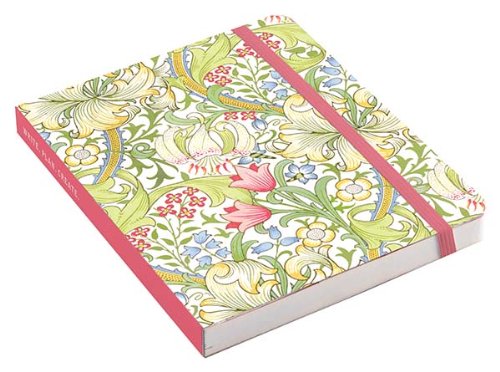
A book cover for V&A William Morris Morning Garden Pocket Planner; Galison; Calendars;